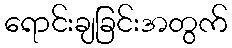
ရောင်းချခြင်းအတွက်